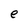
Character: e